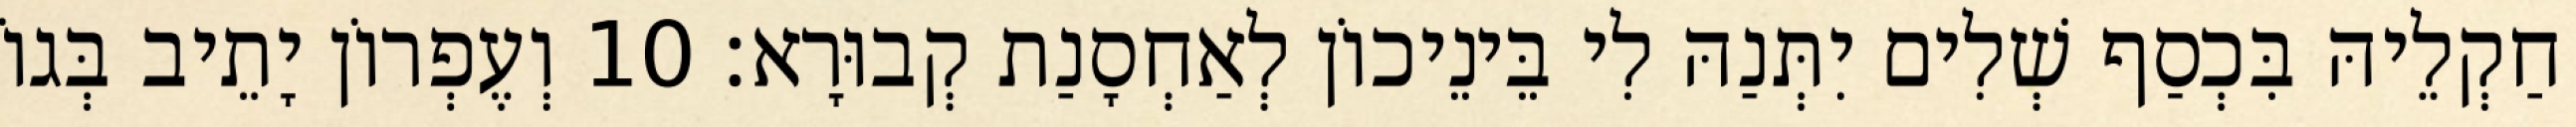
חַקְלֵיהּ בִּכְסַף שְׁלִים יִתְּנַהּ לִי בֵּינֵיכוֹן לְאַחְסָנַת קְבוּרָא׃ 10 וְעֶפְרוֹן יָתֵיב בְּגוֹ